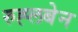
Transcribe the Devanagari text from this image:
रुह्लबेन